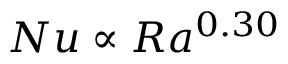
N u \propto R a ^ { 0 . 3 0 }